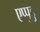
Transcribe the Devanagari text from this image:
एप्पुडु